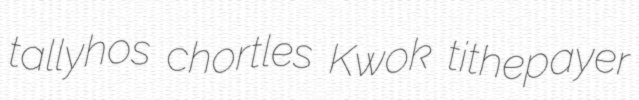
tallyhos chortles Kwok tithepayer